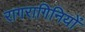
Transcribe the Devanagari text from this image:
रागरागिनियों